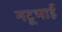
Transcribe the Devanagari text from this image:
नटूभाई